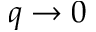
q \to 0